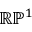
\mathbb { R } \mathbb { P } ^ { 1 }